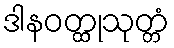
ဒါနဝတ္ထုသုတ္တံ